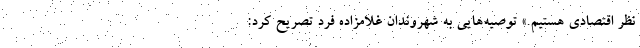
نظر اقتصادی هستیم.» توصیه‌هایی به شهروندان غلامزاده ‌فرد تصریح کرد: